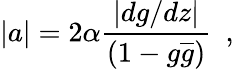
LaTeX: |a|=2\alpha\frac{\left|dg/dz\right|}{(1-g\overline{{{g}}})}~~,